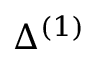
\Delta ^ { ( 1 ) }